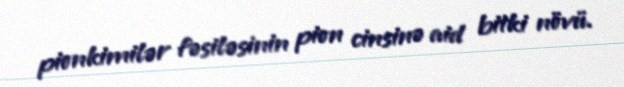
pionkimilər fəsiləsinin pion cinsinə aid bitki növü.